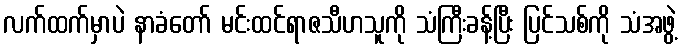
လက်ထက်မှာပဲ နာခံတော် မင်းထင်ရာဇသီဟသူကို သံကြီးခန့်ပြီး ပြင်သစ်ကို သံအဖွဲ့